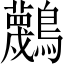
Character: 𪇴